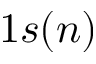
1 s ( n )